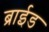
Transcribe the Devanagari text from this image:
ब्राईड